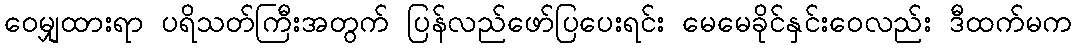
ဝေမျှထားရာ ပရိသတ်ကြီးအတွက် ပြန်လည်ဖော်ပြပေးရင်း မေမေခိုင်နှင်းဝေလည်း ဒီထက်မက